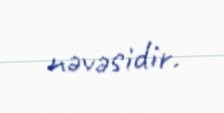
nəvəsidir.